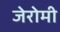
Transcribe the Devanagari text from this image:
जेरोमी